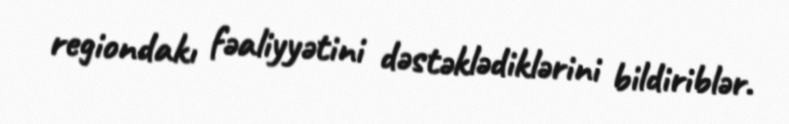
regiondakı fəaliyyətini dəstəklədiklərini bildiriblər.